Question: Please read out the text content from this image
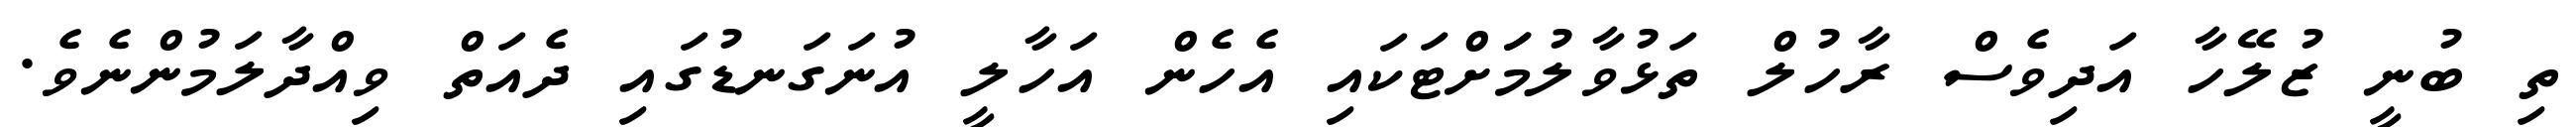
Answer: ތި ބުނީ ޒުލޭހާ އަދިވެސް ރާހުލް ތަޅުވާލުމަަށްޓަކައި އެހެން އަހާލީ އުނަގަނޑުގައި ދެއަތް ވިއްދާލަމުންނެވެ.